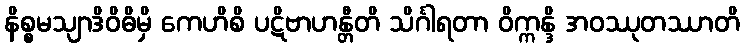
နိစ္စမသျာဒိဝိဓိမှိ ကေဟိစိ ပဋိဗာဟန္တီတိ သိင်္ဂါရတာ ဝိက္ကန္ဒိ အဝဿုတဿာတိ